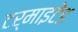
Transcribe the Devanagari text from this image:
टर्माइटेड